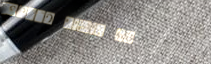
SPEED LIMIT 60